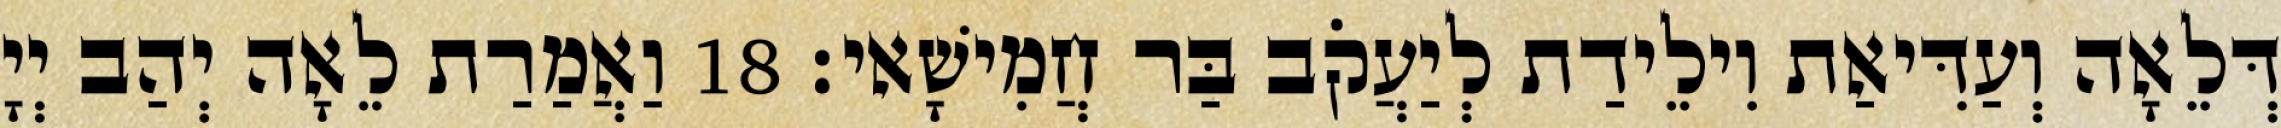
דְּלֵאָה וְעַדִּיאַת וִילֵידַת לְיַעֲקֹב בַּר חֲמִישָׁאי׃ 18 וַאֲמַרַת לֵאָה יְהַב יְיָ